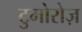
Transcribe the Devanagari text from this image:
टुमोरोज़